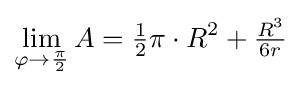
\lim _{\varphi \rightarrow {\frac {\pi }{2}}}A={\tfrac {1}{2}}\pi \cdot R^{2}+{\tfrac {R^{3}}{6r}}